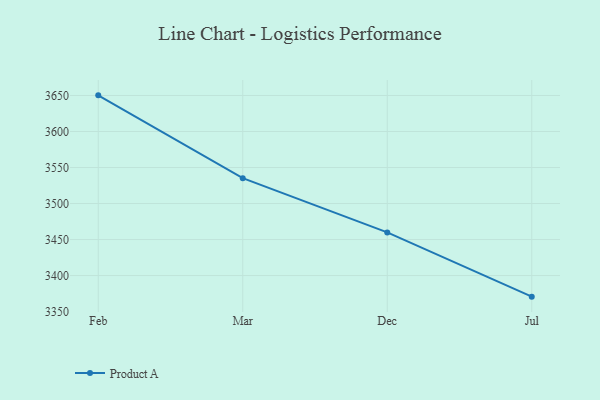
{"axis": {"x": "Month", "y": "Satisfaction Score"}, "legend": ["Product A"], "data": [{"x": "Feb", "y": 3650.2, "type": "Product A"}, {"x": "Mar", "y": 3535.2, "type": "Product A"}, {"x": "Dec", "y": 3459.9, "type": "Product A"}, {"x": "Jul", "y": 3370.7, "type": "Product A"}]}